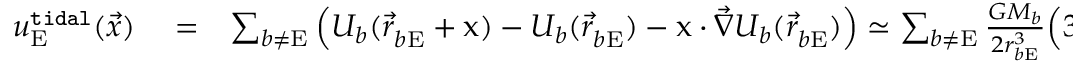
\begin{array} { r l r } { u _ { \mathrm { E } } ^ { \tt t i d a l } ( \vec { x } ) } & { { } = } & { \sum _ { b \not = \mathrm { E } } \Big ( U _ { b } ( { \vec { r } } _ { b \mathrm { E } } ^ { } + \boldsymbol { \mathrm { x } } ) - U _ { b } ( { \vec { r } } _ { b \mathrm { E } } ^ { } ) - \boldsymbol { \mathrm { x } } \cdot { \vec { \nabla } } U _ { b } ( { \vec { r } } _ { b \mathrm { E } } ^ { } ) \Big ) \simeq \sum _ { b \not = \mathrm { E } } \frac { G M _ { b } } { 2 r _ { b \mathrm { E } } ^ { 3 } } \Big ( 3 ( \boldsymbol { \mathrm { n } } _ { b \mathrm { E } } ^ { } \cdot \boldsymbol { \mathrm { x } } ) ^ { 2 } - \boldsymbol { \mathrm { x } } ^ { 2 } \Big ) + { \cal O } \Big ( \frac { x ^ { 3 } } { r _ { b \mathrm { E } } ^ { 4 } } , c ^ { - 2 } \Big ) , } \end{array}